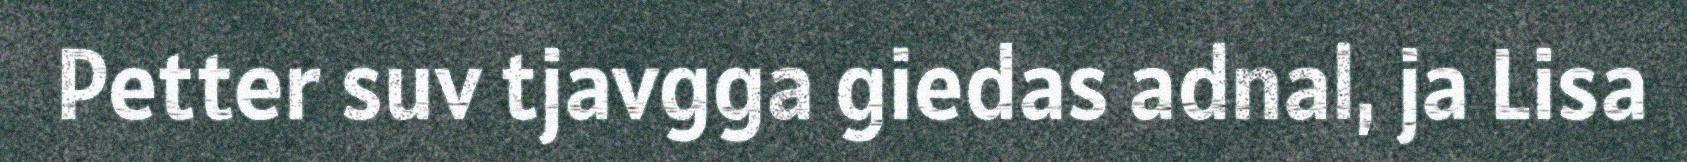
Petter suv tjavgga giedas adnal, ja Lisa